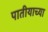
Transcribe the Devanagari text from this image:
पातीयाच्या